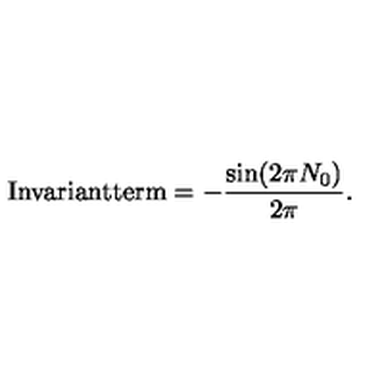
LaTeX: \mathrm { I n v a r i a n t t e r m } = - \frac { \sin ( 2 \pi N _ { 0 } ) } { 2 \pi } .